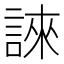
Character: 誺